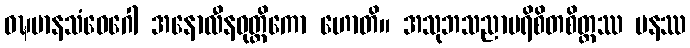
ဝဍ္ဎမာနသံဝေဂေါ အနောလီနဝုတ္တိကော ဟောတိ။ အသုဘသညာပရိစိတစိတ္တဿ ပနဿ